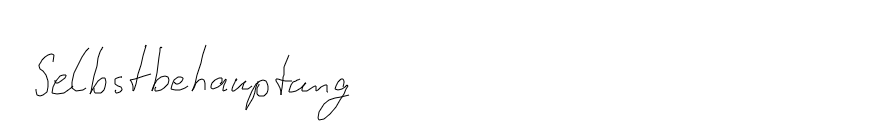
Selbstbehauptung